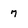
Character: 7